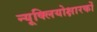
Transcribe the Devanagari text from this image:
न्यूक्लियोक्षारकों